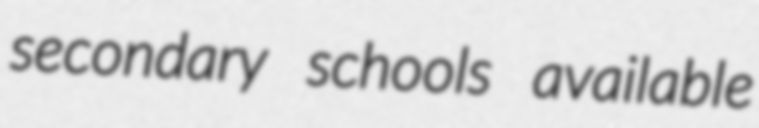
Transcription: secondary schools available